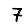
Digit: 7